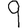
Digit: 9